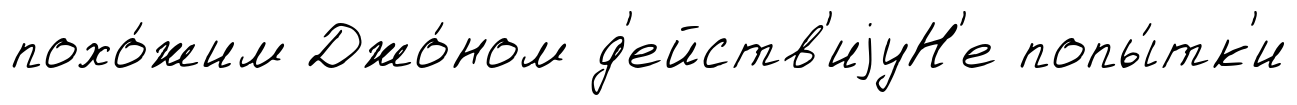
похо́жим Джо́ном д'ейств'иjуН'е попы́тк'и